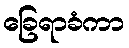
ခြေရာခံကာ